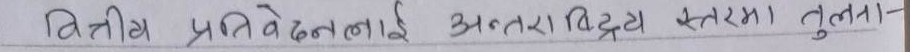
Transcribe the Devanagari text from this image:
वित्तीय प्रतिवेदनलाई अन्तराष्ट्रिय स्तरमा तुलना